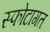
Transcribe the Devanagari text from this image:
स्फोटागत